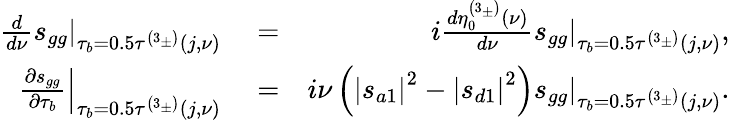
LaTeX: \begin{array}{rlr}{\frac{d}{d\nu}\left.s_{gg}\right\vert_{\tau_{b}=0.5\tau^{\left(3_{\pm}\right)}\left(j,\nu\right)}}&{{}=}&{i\frac{d\eta_{0}^{\left(3_{\pm}\right)}\left(\nu\right)}{d\nu}\left.s_{gg}\right\vert_{\tau_{b}=0.5\tau^{\left(3_{\pm}\right)}\left(j,\nu\right)},}\\ {\left.\frac{\partial s_{gg}}{\partial\tau_{b}}\right\vert_{\tau_{b}=0.5\tau^{\left(3_{\pm}\right)}\left(j,\nu\right)}}&{{}=}&{i\nu\left(\left\vert s_{a1}\right\vert^{2}-\left\vert s_{d1}\right\vert^{2}\right)\left.s_{gg}\right\vert_{\tau_{b}=0.5\tau^{\left(3_{\pm}\right)}\left(j,\nu\right)}.}\end{array}